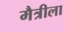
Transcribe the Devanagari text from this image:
मैत्रीला